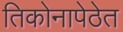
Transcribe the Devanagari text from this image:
तिकोनापेठेत